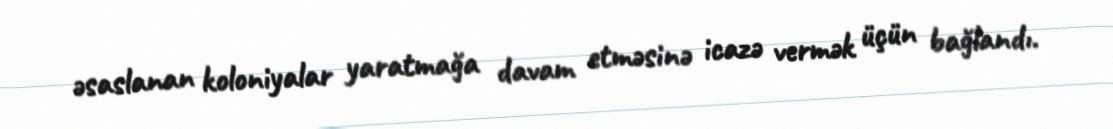
əsaslanan koloniyalar yaratmağa davam etməsinə icazə vermək üçün bağlandı.